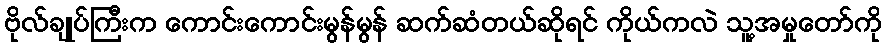
ဗိုလ်ချုပ်ကြီးက ကောင်းကောင်းမွန်မွန် ဆက်ဆံတယ်ဆိုရင် ကိုယ်ကလဲ သူ့အမှုတော်ကို